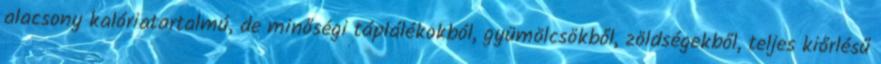
alacsony kalóriatartalmú, de minőségi táplálékokból, gyümölcsökből, zöldségekből, teljes kiőrlésű